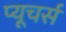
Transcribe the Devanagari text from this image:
प्यूचर्स